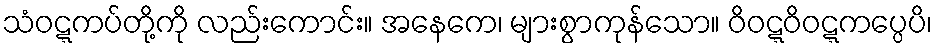
သံဝဋ္ဋကပ်တို့ကို လည်းကောင်း။ အနေကေ၊ များစွာကုန်သော။ ဝိဝဋ္ဋဝိဝဋ္ဋကပ္ပေပိ၊